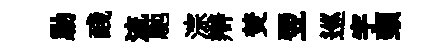
勦醆流馳淙辯焚翌巡宇頸